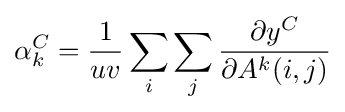
\alpha _{k}^{C}={\frac {1}{uv}}\sum _{i}\sum _{j}{\frac {\partial {y^{C}}}{\partial {A^{k}}(i,j)}}